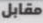
مقابل